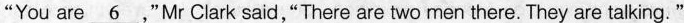
"You are \underline{6},"Mr Clark said,"There are two men there. They are talking."